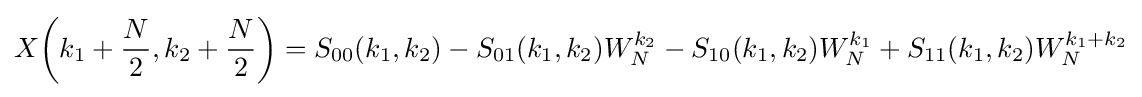
X{\biggl (}k_{1}+{\frac {N}{2}},k_{2}+{\frac {N}{2}}{\biggr )}=S_{00}(k_{1},k_{2})-S_{01}(k_{1},k_{2})W_{N}^{k_{2}}-S_{10}(k_{1},k_{2})W_{N}^{k_{1}}+S_{11}(k_{1},k_{2})W_{N}^{k_{1}+k_{2}}